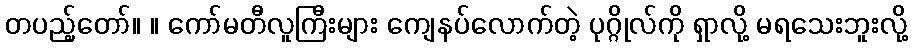
တပည့်တော်။ ။ ကော်မတီလူကြီးများ ကျေနပ်လောက်တဲ့ ပုဂ္ဂိုလ်ကို ရှာလို့ မရသေးဘူးလို့